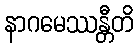
နာဂမေဿန္တီတိ